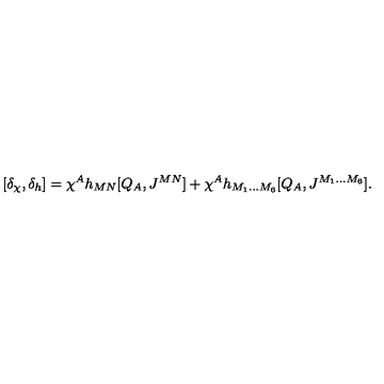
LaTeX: [ \delta _ { \chi } , \delta _ { h } ] = \chi ^ { A } h _ { M N } [ Q _ { A } , J ^ { M N } ] + \chi ^ { A } h _ { M _ { 1 } \ldots M _ { 6 } } [ Q _ { A } , J ^ { M _ { 1 } \ldots M _ { 6 } } ] .